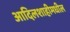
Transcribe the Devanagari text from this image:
आदिलशाहीमधील